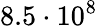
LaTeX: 8.5\cdot 10^{8}